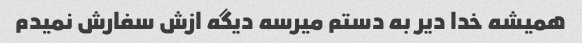
همیشه خدا دیر به دستم میرسه دیگه ازش سفارش نمیدم